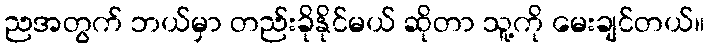
ညအတွက် ဘယ်မှာ တည်းခိုနိုင်မယ် ဆိုတာ သူ့ကို မေးချင်တယ်။